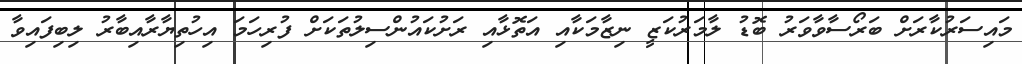
މައިސަރުކާރަށް ބަރޯސާވާވަރު ބޮޑު ލާމަރުކަޒީ ނިޒާމަކާއި އަތޮޅާއި ރަށުކައުންސިލުތަކަށް ފުރިހަމަ އިހުތިޔާރާއިބާރު ލިބިފައިވާ